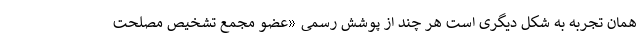
همان تجربه به شکل دیگری است هر چند از پوشش رسمی «عضو مجمع تشخیص مصلحت